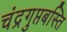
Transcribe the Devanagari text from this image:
चंद्रगुप्तबस्ति